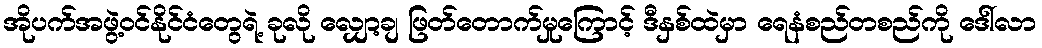
အိုပက်အဖွဲ့ဝင်နိုင်ငံတွေရဲ့ ခုလို လျှော့ချ ဖြတ်တောက်မှုကြောင့် ဒီနှစ်ထဲမှာ ရေနံစည်တစည်ကို ဒေါ်လာ